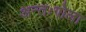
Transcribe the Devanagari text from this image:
अन्तःगोला